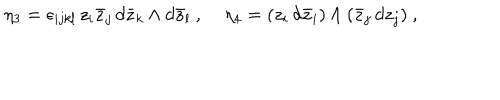
\eta _ { 3 } = \epsilon _ { i j k l } \, z _ { i } \bar { z } _ { j } \, d \bar { z } _ { k } \wedge d \bar { z } _ { l } \ , \; \eta _ { 4 } = ( z _ { i } \, d \bar { z } _ { i } ) \wedge ( \bar { z } _ { j } \, d z _ { j } ) \ , \;